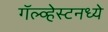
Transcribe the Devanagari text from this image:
गॅल्व्हेस्टनध्ये